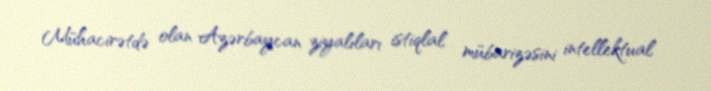
Mühacirətdə olan Azərbaycan ziyalıları istiqlal mübarizəsini intellektual